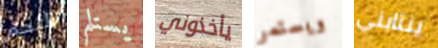
اللحم يستلم يأخذوني ويستمر ينتابني